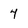
Character: 4